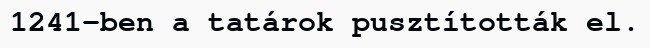
1241-ben a tatárok pusztították el.